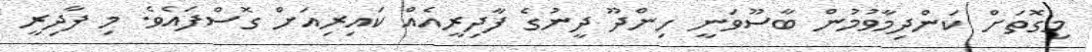
މިގޮތަށް ކަންދިމާވުމުން ބާސޫވަނީ ހިންދޫ ދީނުގެ ފާދިރީއެއް ކައިރިއަށް ގޮސްފައެވެ. މި ފާދިރީ